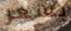
بسعر